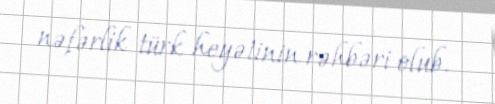
nəfərlik türk heyətinin rəhbəri olub.